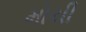
મોચી